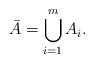
LaTeX: \begin{align*} \bar A=\bigcup_{i=1}^{m}{A_i}. \end{align*}